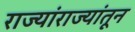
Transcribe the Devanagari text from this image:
राज्यांराज्यांतून